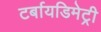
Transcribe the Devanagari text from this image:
टर्बायडिमेट्री